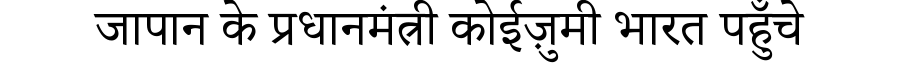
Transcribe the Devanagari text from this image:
जापान के प्रधानमंत्री कोईज़ुमी भारत पहुँचे